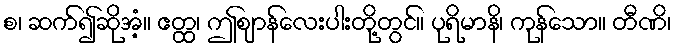
စ၊ ဆက်၍ဆိုအံ့။ ဧတ္ထ၊ ဤဈာန်လေးပါးတို့တွင်။ ပုရိမာနိ၊ ကုန်သော။ တီဏိ၊